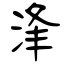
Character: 浲